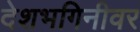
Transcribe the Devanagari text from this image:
देशभगिनीवर